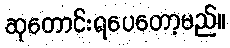
ဆုတောင်းရပေတော့မည်။